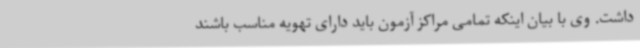
داشت. وی با بیان اینکه تمامی مراکز آزمون باید دارای تهویه مناسب باشند